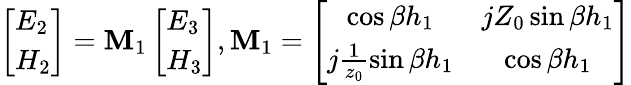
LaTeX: \left[\begin{array}{l}{E_{2}}\\ {H_{2}}\end{array}\right]=\mathbf{M}_{1}\left[\begin{array}{l}{E_{3}}\\ {H_{3}}\end{array}\right],\mathbf{M}_{1}=\left[\begin{array}{cc}{\cos\beta h_{1}}&{jZ_{0}\sin\beta h_{1}}\\ {j\frac{1}{z_{0}}\sin\beta h_{1}}&{\cos\beta h_{1}}\end{array}\right]